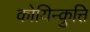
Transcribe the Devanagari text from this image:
कोयिन्कुत्ति